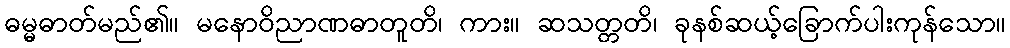
ဓမ္မဓာတ်မည်၏။ မနောဝိညာဏဓာတူတိ၊ ကား။ ဆသတ္တတိ၊ ခုနစ်ဆယ့်ခြောက်ပါးကုန်သော။